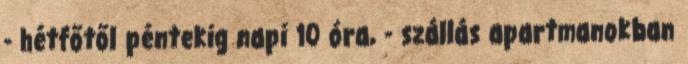
- hétfőtől péntekig napi 10 óra, - szállás apartmanokban